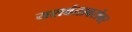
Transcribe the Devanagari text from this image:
यशवंताबरोबर